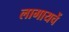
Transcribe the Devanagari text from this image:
लागायचें